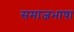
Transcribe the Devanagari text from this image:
समाजभाषा